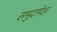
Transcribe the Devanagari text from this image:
समुद्रापेक्षा